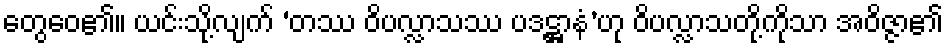
တွေဝေ၏။ ယင်းသို့လျက် ‘တဿ ဝိပလ္လာသဿ ပဒဋ္ဌာနံ’ဟု ဝိပလ္လာသတို့ကိုသာ အဝိဇ္ဇာ၏